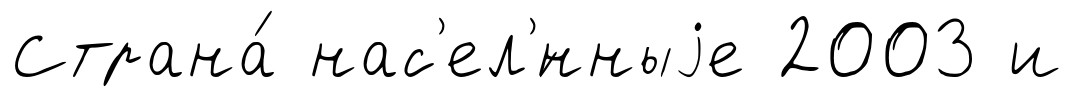
Страна́ нас'ел'́нныjе 2003 и